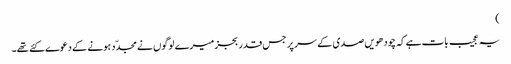
)
یہ عجیب بات ہے کہ چودھویں صدی کے سر پر جس قدر بجز میرے لوگوں نے مجدّد ہونے کے دعوے کئے تھے۔